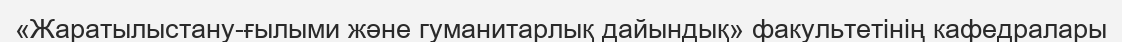
«Жаратылыстану-ғылыми және гуманитарлық дайындық» факультетінің кафедралары